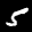
Digit: 5